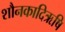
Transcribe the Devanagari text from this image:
शौनकादिऋषि